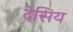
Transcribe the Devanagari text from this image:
देसिय